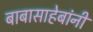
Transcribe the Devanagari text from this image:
बाबासाहेबांनीं